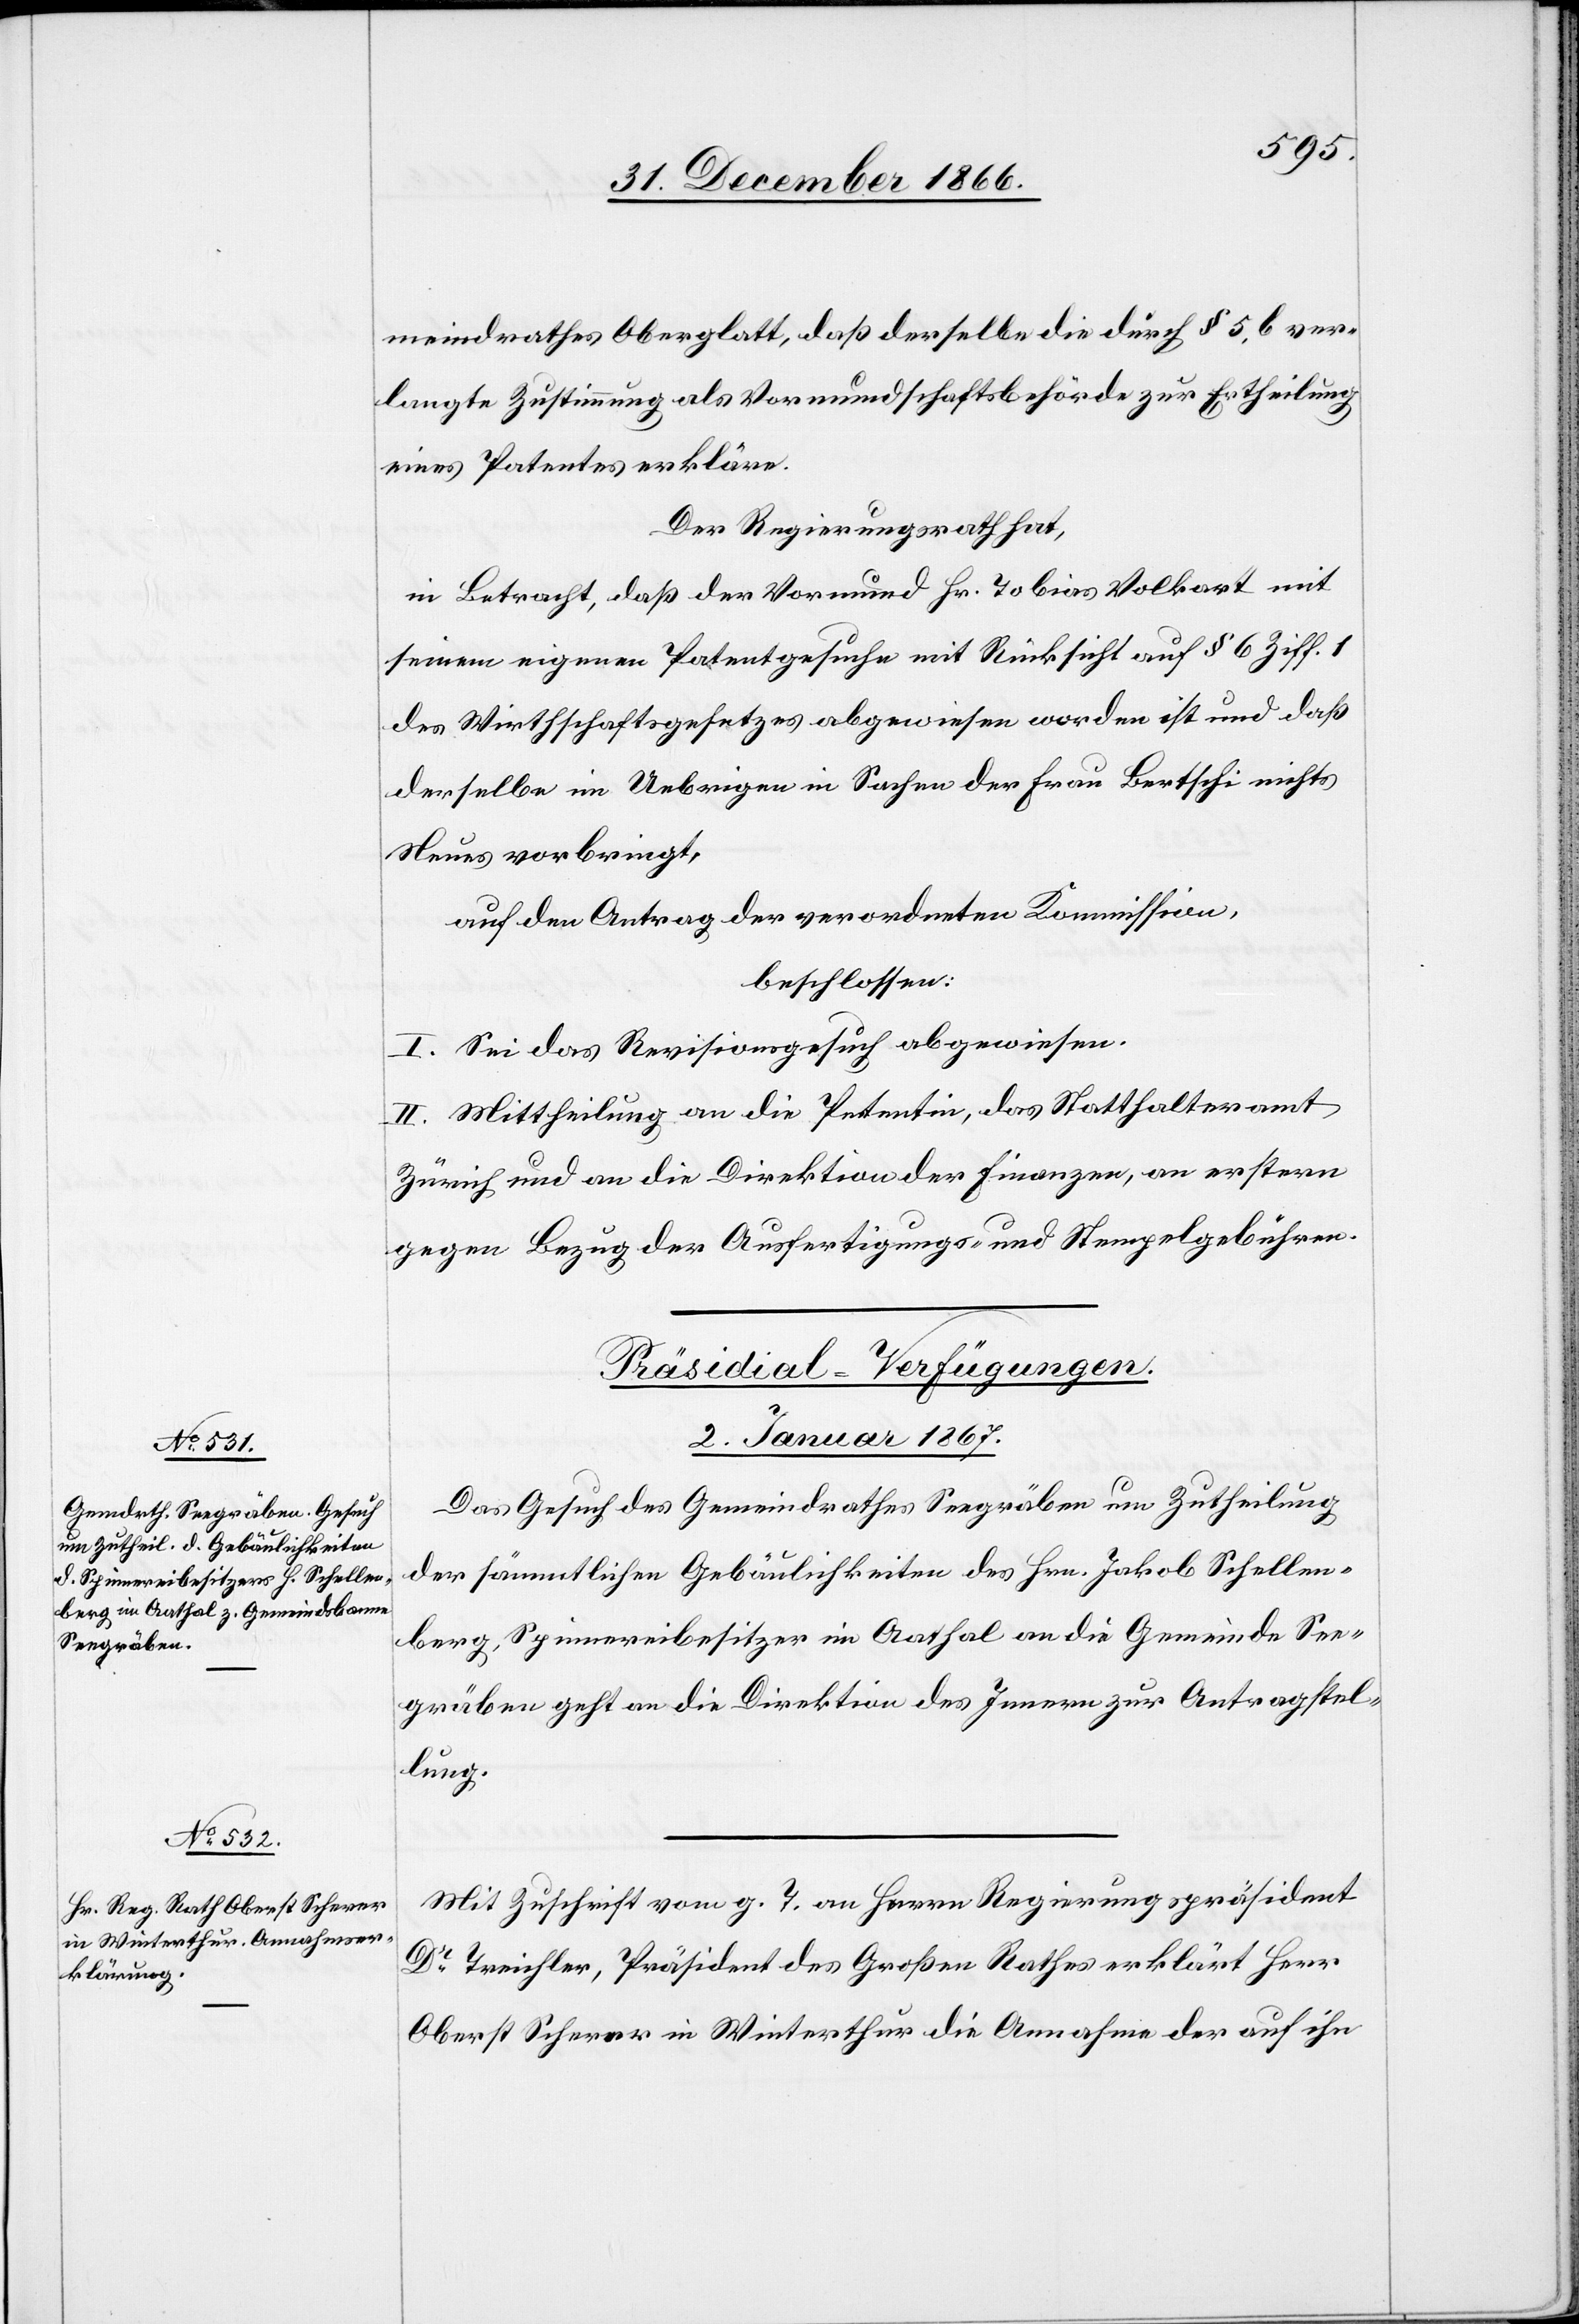
meindrathes Oberglatt, daß derselbe die durch § 5 b ver¬
langte Zustimmung als Vormundschaftsbehörde zur Ertheilung
eines Patentes erkläre.
Der Regierungsrath hat,
in Betracht, daß der Vormund Hr. Tobias Volkart mit
seinem eigenen Patentgesuche mit Rücksicht auf § 6 Ziff. 1
des Wirthschaftsgesetzes abgewiesen worden ist und daß
derselbe im Uebrigen in Sachen der Frau Bertschi nichts
Neues vorbringt,
auf den Antrag der verordneten Kommission,
beschlossen:
I. Sei das Revisionsgesuch abgewiesen.
II. Mittheilung an die Petentin, das Statthalteramt
Zürich und an die Direktion der Finanzen, an erstere
gegen Bezug der Ausfertigungs- und Stempelgebühren.
[Präsidial-Verfügungen.
2. Januar 1867.]
Das Gesuch des Gemeindrathes Seegräben um Zutheilung
der sämmtlichen Gebäulichkeiten des Hrn. Jakob Schellen¬
berg, Spinnereibesitzer im Aathal an die Gemeinde See¬
gräben geht an die Direktion des Innern zur Antragstel¬
lung.
Mit Zuschrift vom g. T. an Herrn Regierungspräsident
Dr. Treichler, Präsident des Großen Rathes erklärt Herr
Oberst Scherer in Winterthur die Annahme der auf ihn